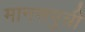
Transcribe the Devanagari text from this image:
मानसपुत्री